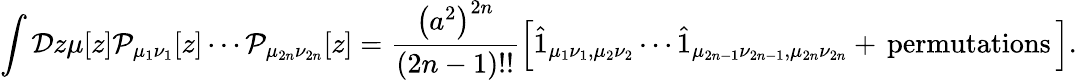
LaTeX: \int{\cal D}z\mu[z]{\cal P}_{\mu_{1}\nu_{1}}[z]\cdots{\cal P}_{\mu_{2n}\nu_{2n}}[z]=\frac{\left(a^{2}\right)^{2n}}{(2n-1)!!}\left[\hat{1}_{\mu_{1}\nu_{1},\mu_{2}\nu_{2}}\cdots\hat{1}_{\mu_{2n-1}\nu_{2n-1},\mu_{2n}\nu_{2n}}+{\, }\mathrm{permutations}{\, }\right].